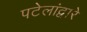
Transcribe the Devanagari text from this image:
पटेलांद्वारे